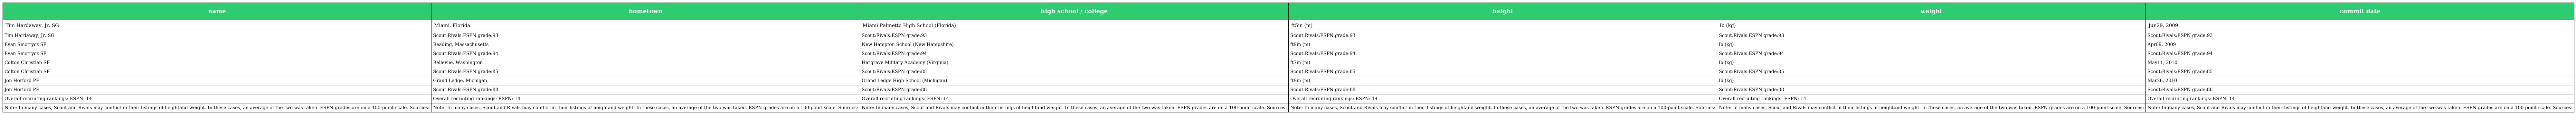
| name | hometown | high school / college | height | weight | commit date |
 | --- | --- | --- | --- | --- | --- |
 | Tim Hardaway, Jr. SG | Miami, Florida | Miami Palmetto High School (Florida) | ft5in (m) | lb (kg) | Jun29, 2009 |
 | Tim Hardaway, Jr. SG | Scout:Rivals:ESPN grade:93 | Scout:Rivals:ESPN grade:93 | Scout:Rivals:ESPN grade:93 | Scout:Rivals:ESPN grade:93 | Scout:Rivals:ESPN grade:93 |
 | Evan Smotrycz SF | Reading, Massachusetts | New Hampton School (New Hampshire) | ft9in (m) | lb (kg) | Apr09, 2009 |
 | Evan Smotrycz SF | Scout:Rivals:ESPN grade:94 | Scout:Rivals:ESPN grade:94 | Scout:Rivals:ESPN grade:94 | Scout:Rivals:ESPN grade:94 | Scout:Rivals:ESPN grade:94 |
 | Colton Christian SF | Bellevue, Washington | Hargrave Military Academy (Virginia) | ft7in (m) | lb (kg) | May11, 2010 |
 | Colton Christian SF | Scout:Rivals:ESPN grade:85 | Scout:Rivals:ESPN grade:85 | Scout:Rivals:ESPN grade:85 | Scout:Rivals:ESPN grade:85 | Scout:Rivals:ESPN grade:85 |
 | Jon Horford PF | Grand Ledge, Michigan | Grand Ledge High School (Michigan) | ft9in (m) | lb (kg) | Mar26, 2010 |
 | Jon Horford PF | Scout:Rivals:ESPN grade:88 | Scout:Rivals:ESPN grade:88 | Scout:Rivals:ESPN grade:88 | Scout:Rivals:ESPN grade:88 | Scout:Rivals:ESPN grade:88 |
 | Overall recruiting rankings: ESPN: 14 | Overall recruiting rankings: ESPN: 14 | Overall recruiting rankings: ESPN: 14 | Overall recruiting rankings: ESPN: 14 | Overall recruiting rankings: ESPN: 14 | Overall recruiting rankings: ESPN: 14 |
 | Note: In many cases, Scout and Rivals may conflict in their listings of heightand weight. In these cases, an average of the two was taken. ESPN grades are on a 100-point scale. Sources: | Note: In many cases, Scout and Rivals may conflict in their listings of heightand weight. In these cases, an average of the two was taken. ESPN grades are on a 100-point scale. Sources: | Note: In many cases, Scout and Rivals may conflict in their listings of heightand weight. In these cases, an average of the two was taken. ESPN grades are on a 100-point scale. Sources: | Note: In many cases, Scout and Rivals may conflict in their listings of heightand weight. In these cases, an average of the two was taken. ESPN grades are on a 100-point scale. Sources: | Note: In many cases, Scout and Rivals may conflict in their listings of heightand weight. In these cases, an average of the two was taken. ESPN grades are on a 100-point scale. Sources: | Note: In many cases, Scout and Rivals may conflict in their listings of heightand weight. In these cases, an average of the two was taken. ESPN grades are on a 100-point scale. Sources: |